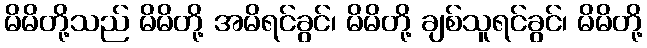
မိမိတို့သည် မိမိတို့ အမိရင်ခွင်၊ မိမိတို့ ချစ်သူရင်ခွင်၊ မိမိတို့